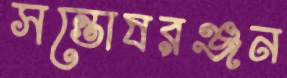
সন্তোষরঞ্জন